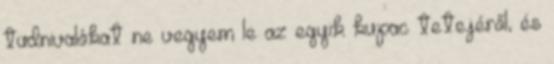
tudnivalókat ne vegyem le az egyik kupac tetejéről, és